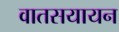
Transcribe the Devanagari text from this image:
वातसयायन